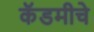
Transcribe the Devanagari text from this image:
कॅडमीचे